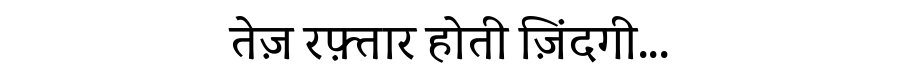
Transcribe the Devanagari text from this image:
तेज़ रफ़्तार होती ज़िंदगी...